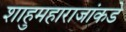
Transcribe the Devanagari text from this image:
शाहुमहाराजांकडे